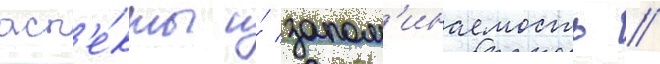
асп'е́кты и́ запом'инаемость //